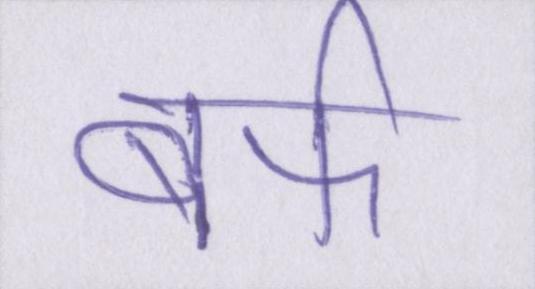
बर्फ